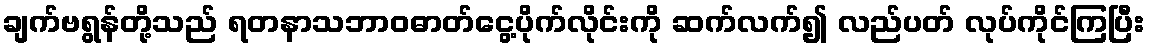
ချက်ဗရွန်တို့သည် ရတနာသဘာဝဓာတ်ငွေ့ပိုက်လိုင်းကို ဆက်လက်၍ လည်ပတ် လုပ်ကိုင်ကြပြီး